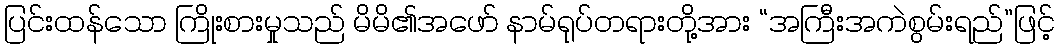
ပြင်းထန်သော ကြိုးစားမှုသည် မိမိ၏အဖော် နာမ်ရုပ်တရားတို့အား “အကြီးအကဲစွမ်းရည်”ဖြင့်